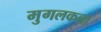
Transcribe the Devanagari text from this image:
मुगलकला